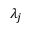
\lambda _ { j }